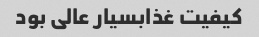
کیفیت غذابسیار عالی بود